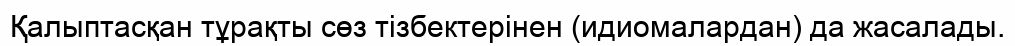
Қалыптасқан тұрақты сөз тізбектерінен (идиомалардан) да жасалады.